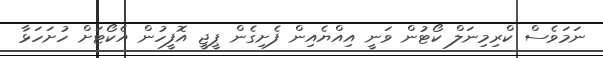
ނަމަވެސް ކްރިމިނަލް ކޯޓުން ވަނީ އިއްޔެއިން ފެށިގެން ޕީޖީ އޮފީހުން އެކޯޓަށް ހުށަހަޅާ